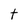
Character: t